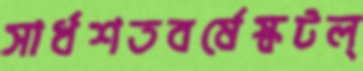
সার্ধশতবর্ষেস্কটল্